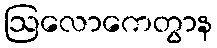
ဩလောကေတွာန